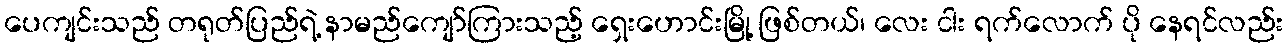
ပေကျင်းသည် တရုတ်ပြည်ရဲ့ နာမည်ကျော်ကြားသည့် ရှေးဟောင်းမြို့ ဖြစ်တယ်၊ လေး ငါး ရက်လောက် ပို နေရင်လည်း